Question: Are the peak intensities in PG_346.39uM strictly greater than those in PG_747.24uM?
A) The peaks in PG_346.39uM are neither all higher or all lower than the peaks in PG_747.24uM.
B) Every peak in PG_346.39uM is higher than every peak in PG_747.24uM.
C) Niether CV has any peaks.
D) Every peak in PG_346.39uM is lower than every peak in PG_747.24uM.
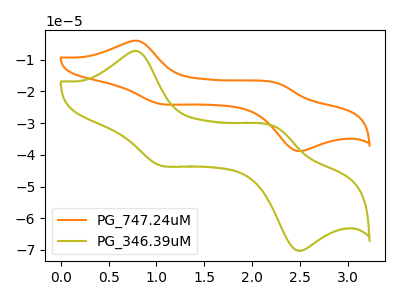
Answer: <think>The orange curve "PG_747.24uM" has anodic peaks at (0.80V, -4.05uA) (2.25V, -17.40uA) and cathodic peaks at (1.05V, -23.90uA) (2.45V, -38.70uA). The olive curve "PG_346.39uM" has anodic peaks at (0.80V, -7.35uA) (2.25V, -31.45uA) and cathodic peaks at (1.05V, -43.25uA) (2.45V, -70.05uA).</think>
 <answer>A) The peaks in "PG_346.39uM" are neither all higher or all lower than the peaks in "PG_747.24uM".</answer>
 <eval>A</eval>